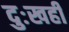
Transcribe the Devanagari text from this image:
दुःखही